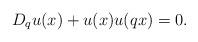
LaTeX: \begin{align*} D_q u(x)+ u(x) u(qx) =0.\end{align*}